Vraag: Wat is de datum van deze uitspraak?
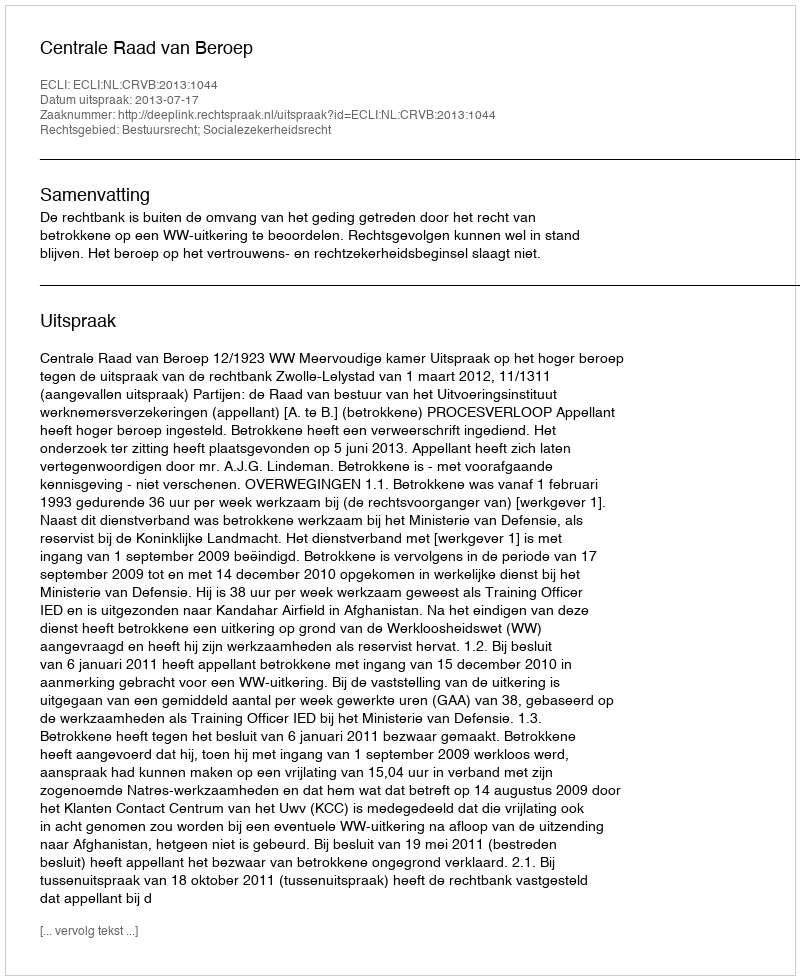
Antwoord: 2013-07-17